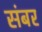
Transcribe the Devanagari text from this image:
संबर